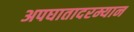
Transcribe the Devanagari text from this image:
अपघातादरम्यान